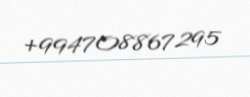
+994708867295